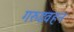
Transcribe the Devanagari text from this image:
गरुडवहन